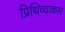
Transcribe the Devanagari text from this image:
प्रिथिव्याकार